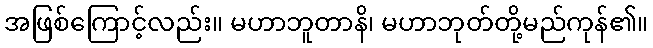
အဖြစ်ကြောင့်လည်း။ မဟာဘူတာနိ၊ မဟာဘုတ်တို့မည်ကုန်၏။